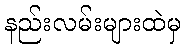
နည်းလမ်းများထဲမှ